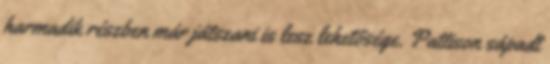
harmadik részben már játszani is lesz lehetősége. Pattison sápadt